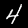
Digit: 4